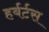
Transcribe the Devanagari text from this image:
हर्बर्टस